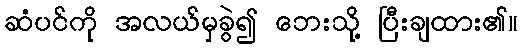
ဆံပင်ကို အလယ်မှခွဲ၍ ဘေးသို့ ပြီးချထား၏။